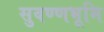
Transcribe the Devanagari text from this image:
सुवण्णभूमि